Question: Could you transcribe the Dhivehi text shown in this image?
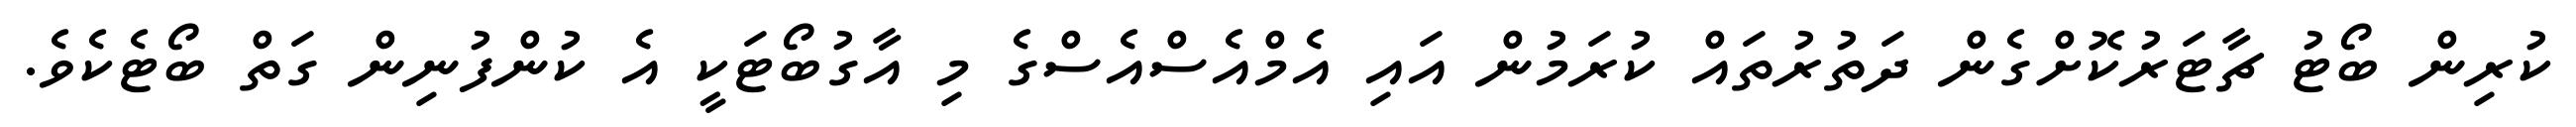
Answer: ކުރިން ބޯޓު ޗާޓަރުކޮށްގެން ދަތުރުތައް ކުރަމުން އައި އެމްއެސްއެސްގެ މި އާގުބޯޓަކީ އެ ކުންފުނިން ގަތް ބޯޓެކެވެ.